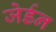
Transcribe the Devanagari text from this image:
जेर्डन